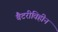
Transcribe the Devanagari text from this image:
बैटरीविहीन